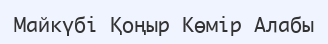
Майкүбі Қоңыр Көмір Алабы